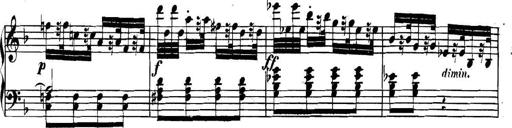
Title: Collected Piano Sonatas
Composer: Muzio Clementi